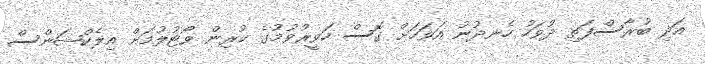
އަދި ބުރާސްފަތި ދުވަހު ހެނދުނު އަވަހަށް ގޮސް ހަވީރުވުމުގެ ކުރިން ވޯޓުލުމަށް އިލެކްޝަންސް